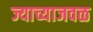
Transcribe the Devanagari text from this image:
ज्याच्याजवळ